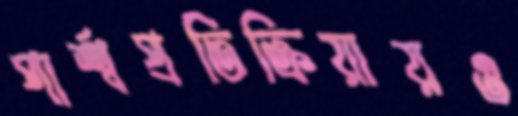
পার্শ্বপ্রতিক্রিয়ায়ও